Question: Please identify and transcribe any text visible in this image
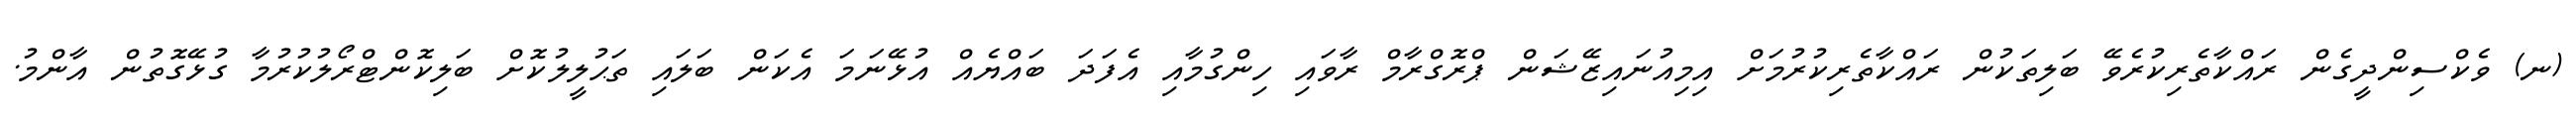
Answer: (ނ) ވެކްސިންދީގެން ރައްކާތެރިކުރެވޭ ބަލިތަކުން ރައްކާތެރިކުރުމަށް އިމިއުނައިޒޭޝަން ޕްރޮގްރާމް ރާވައި ހިންގުމާއި އެފަދަ ބައްޔެއް އުޅޭނަމަ އެކަން ބަލައި ތަޙުލީލުކޮށް ބަލިކޮންޓްރޯލުކުރުމާ ގުޅޭގޮތުން އާންމު.